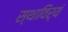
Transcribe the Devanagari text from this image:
स्थाविर्यं